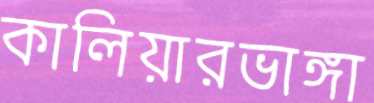
কালিয়ারভাঙ্গা